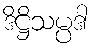
ဒိဋ္ဌိသမ္ပဒါ